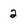
Character: 2